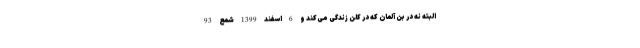
البته نه در بُن آلمان که در کلن زندگی می‌کند و 6 اسفند 1399 شمع 93